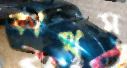
কাথম